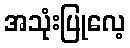
အသုံးပြုလေ့